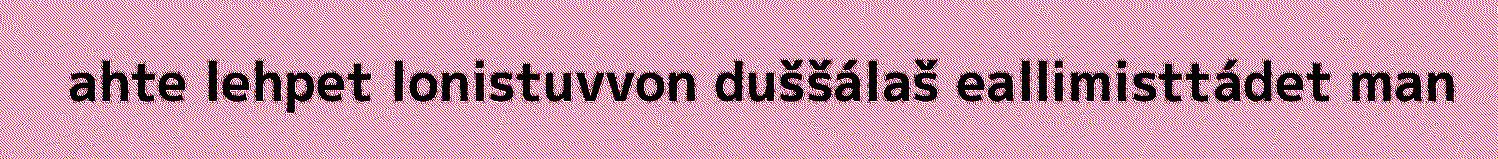
ahte lehpet lonistuvvon duššálaš eallimisttádet man